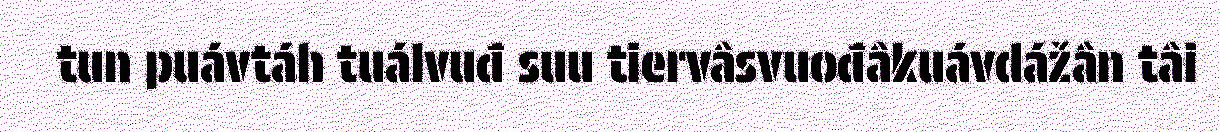
tun puávtáh tuálvuđ suu tiervâsvuođâkuávdážân tâi